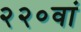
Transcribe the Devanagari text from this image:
२२०वां